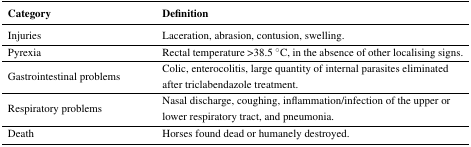
<table><thead><tr><td><b>Category</b></td><td><b>Definition</b></td></tr></thead><tbody><tr><td>Injuries</td><td>Laceration, abrasion, contusion, swelling.</td></tr><tr><td>Pyrexia</td><td>Rectal temperature &gt;38.5 °C, in the absence of other localising signs.</td></tr><tr><td>Gastrointestinal problems</td><td>Colic, enterocolitis, large quantity of internal parasites eliminated after triclabendazole treatment. </td></tr><tr><td>Respiratory problems</td><td>Nasal discharge, coughing, inflammation/infection of the upper or lower respiratory tract, and pneumonia.</td></tr><tr><td>Death</td><td>Horses found dead or humanely destroyed.</td></tr></tbody></table>